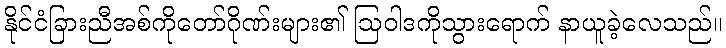
နိုင်ငံခြားညီအစ်ကိုတော်ဂိုဏ်းများ၏ ဩဝါဒကိုသွားရောက် နာယူခဲ့လေသည်။